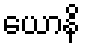
ယောနိ